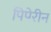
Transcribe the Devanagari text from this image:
पिपेरीन